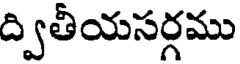
ద్వితీయసర్గము